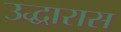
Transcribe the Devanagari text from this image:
उद्धारास